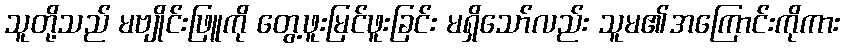
သူတို့သည် မဗျိုင်းဖြူကို တွေ့ဖူးမြင်ဖူးခြင်း မရှိသော်လည်း သူမ၏အကြောင်းကိုကား